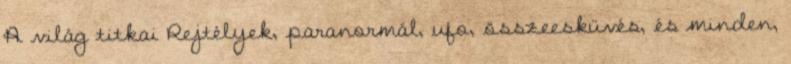
A világ titkai Rejtélyek, paranormál, ufo, összeesküvés, és minden,